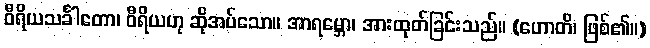
ဝီရိယသင်္ခါတော၊ ဝီရိယဟု ဆိုအပ်သော။ အာရမ္ဘော၊ အားထုတ်ခြင်းသည်။ (ဟောတိ၊ ဖြစ်၏။)